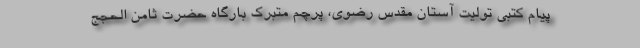
پیام کتبی تولیت آستان مقدس رضوی، پرچم متبرک بارگاه حضرت ثامن الحجج